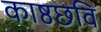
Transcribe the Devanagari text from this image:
काष्ठछवि